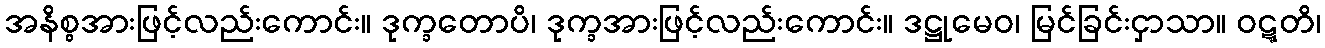
အနိစ္စအားဖြင့်လည်းကောင်း။ ဒုက္ခတောပိ၊ ဒုက္ခအားဖြင့်လည်းကောင်း။ ဒဋ္ဌုမေဝ၊ မြင်ခြင်းငှာသာ။ ဝဋ္ဋတိ၊